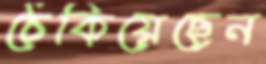
ঠেকিয়েছেন